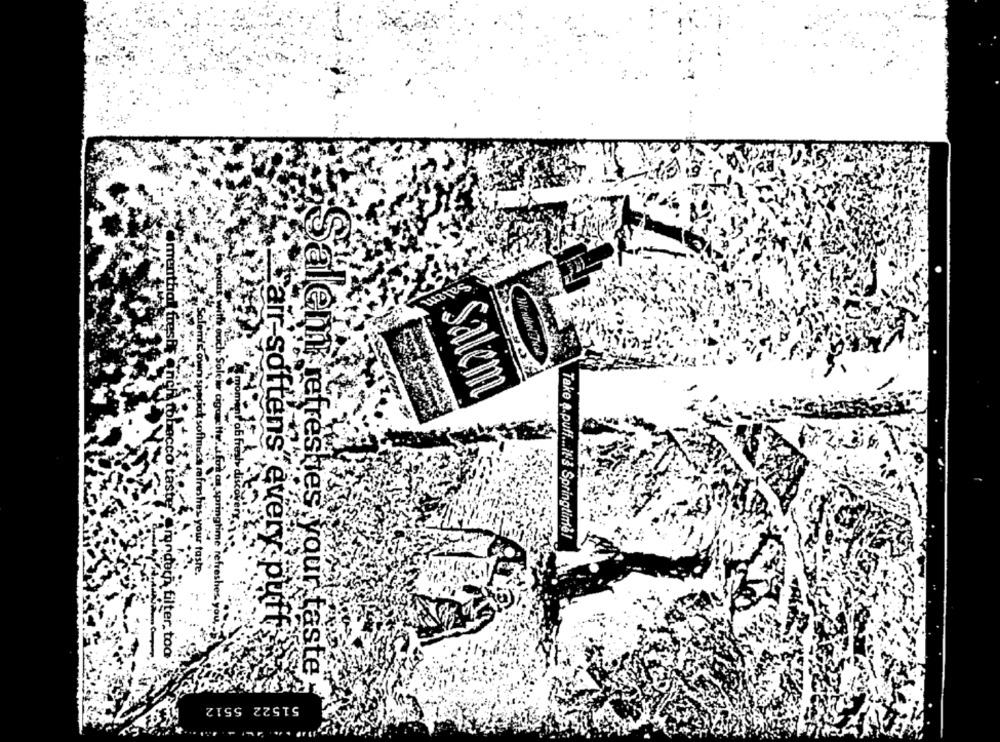
renthal
Whenthey Just
Salem
co taste
fines refreshes
moment of fresh discovery-1
Take a.puff ... it's Springtime!
as your taste.
leww cigarette' ) for as springtime refres!
Carr softens every putt
mondeth filter, tod'
Saleh refreshies your taste
51522 5512